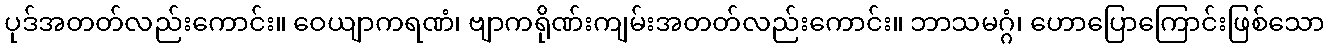
ပုဒ်အတတ်လည်းကောင်း။ ဝေယျာကရဏံ၊ ဗျာကရိုဏ်းကျမ်းအတတ်လည်းကောင်း။ ဘာသမဂ္ဂံ၊ ဟောပြောကြောင်းဖြစ်သော